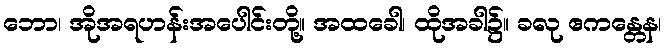
ဘော၊ အိုအရဟန်းအပေါင်းတို့။ အထခေါ၊ ထိုအခါ၌။ ခလု ဧကန္တေန၊